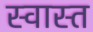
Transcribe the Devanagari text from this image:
स्वास्त